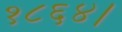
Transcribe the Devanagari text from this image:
१८६४।